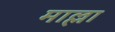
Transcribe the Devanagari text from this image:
माल्ला